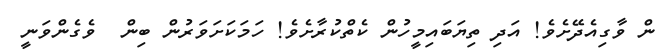
ން ވާގިއެދޭށެވެ! އަދި ތިޔަބައިމީހުން ކެތްކުރާށެވެ! ހަމަކަށަވަރުން ބިން  ވެގެންވަނީ